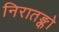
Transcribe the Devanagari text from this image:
निरातङ्को